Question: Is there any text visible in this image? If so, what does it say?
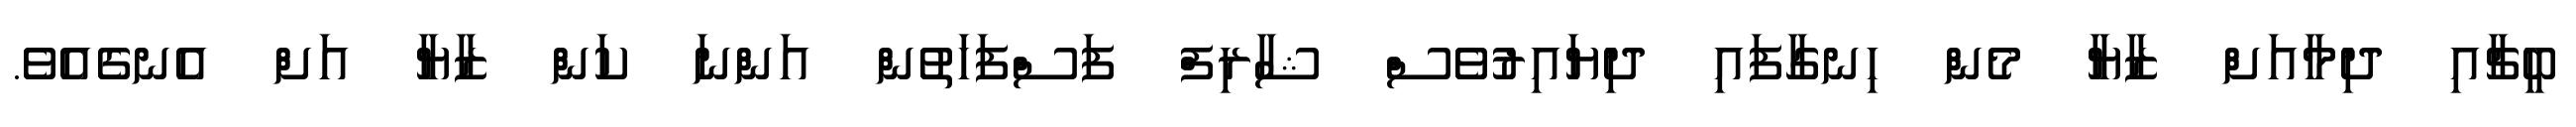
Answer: ބީޗާއި ދިމާއަށް ޒާޔާ މެން ހިނގާފައި ދިޔައިރުވެސް ޝާރިފް ފަސްފަހަތުން އަންނަ ކަން ޒާޔާ އަށް އެނގެއެވެ.